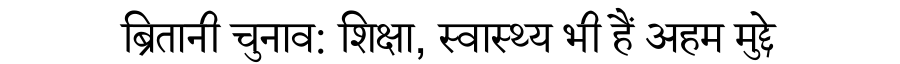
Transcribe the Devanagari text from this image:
ब्रितानी चुनाव: शिक्षा, स्वास्थ्य भी हैं अहम मुद्दे